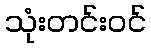
သုံးတင်းဝင်